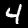
Digit: 4